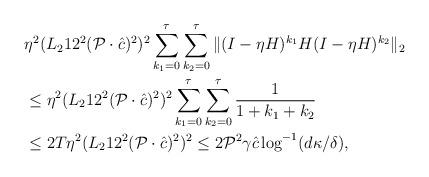
LaTeX: \begin{align*}&\eta^2(L_2 12^2(\mathcal P \cdot \hat c)^2)^2\sum_{k_1=0}^{\tau}\sum_{k_2=0}^{\tau} \|(I-\eta H)^{k_1} H (I-\eta H)^{k_2}\|_2\\&\leq\eta^2(L_2 12^2(\mathcal P \cdot \hat c)^2)^2\sum_{k_1=0}^{\tau}\sum_{k_2=0}^{\tau} \frac{1}{1+k_1+k_2}\\&\leq2T\eta^2(L_2 12^2(\mathcal P \cdot \hat c)^2)^2 \leq 2 \mathcal P^2 \gamma \hat c \log^{-1}(d\kappa/\delta),\end{align*}